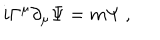
i \Gamma ^ { \mu } \partial _ { \mu } \Psi = m \Psi ~ ,